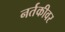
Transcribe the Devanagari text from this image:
नर्तकीवर